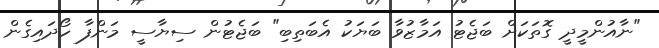
"ނާއުންމީދީ ގޮތަކަށް ބަޖެޓު އަމާޒުވާ ބަޔަކު އެބަތިބި" ބަޖެޓުން ސިޔާސީ މަންފާ ހޯދައިގެން